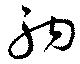
駒